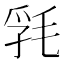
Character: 㲗